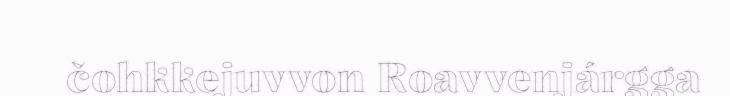
čohkkejuvvon Roavvenjárgga